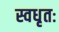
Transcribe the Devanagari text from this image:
स्वधृतः